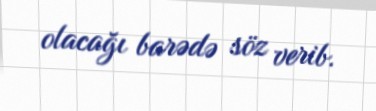
olacağı barədə söz verib.